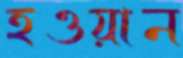
হওয়ান